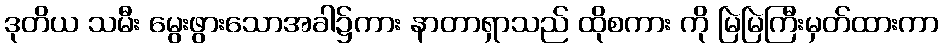
ဒုတိယ သမီး မွေးဖွားသောအခါ၌ကား နာတာရှာသည် ထိုစကား ကို မြဲမြဲကြီးမှတ်ထားကာ